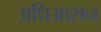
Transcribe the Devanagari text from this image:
अधिआसन